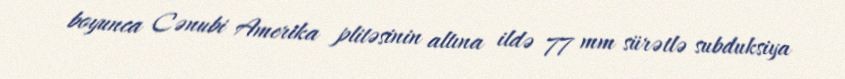
boyunca Cənubi Amerika plitəsinin altına ildə 77 mm sürətlə subduksiya